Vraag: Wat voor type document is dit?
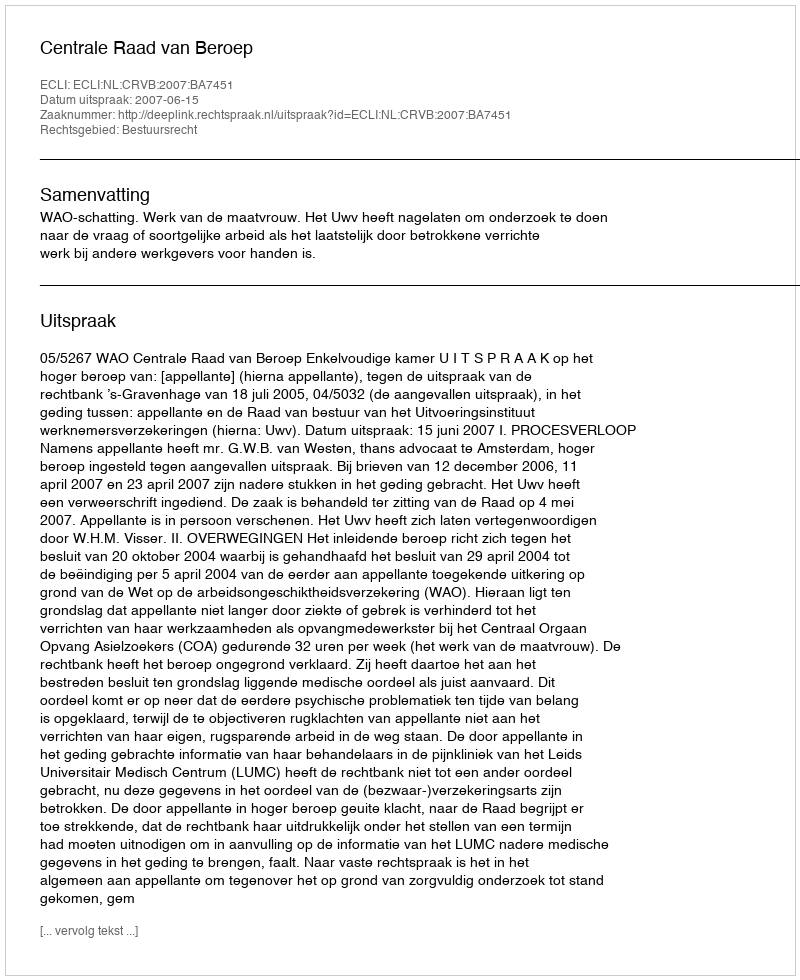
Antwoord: Uitspraak